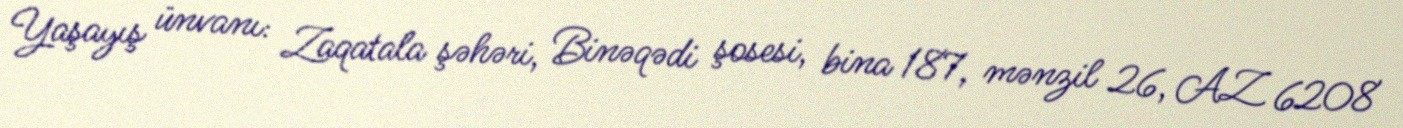
Yaşayış ünvanı: Zaqatala şəhəri, Binəqədi şosesi, bina 187, mənzil 26, AZ 6208